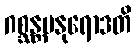
ဂစ္ဆန္တမနုရောဒတိ